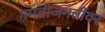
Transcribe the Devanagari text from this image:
गमतीजमतींवर